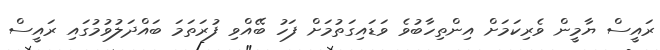
ރައީސް ޔާމީން ވެރިކަމަށް އިންތިހާބުވެ ވަޑައިގަތުމަށް ފަހު ބޭއްވި ފުރަތަމަ ބައްދަލުވުމުގައި ރައީސް